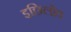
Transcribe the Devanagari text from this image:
इछिलोव